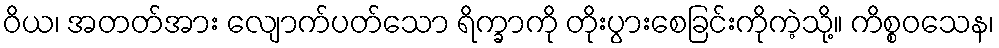
ဝိယ၊ အတတ်အား လျောက်ပတ်သော ရိက္ခာကို တိုးပွားစေခြင်းကိုကဲ့သို့။ ကိစ္စဝသေန၊